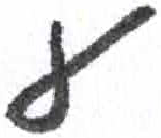
אות: ע